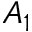
A _ { 1 }